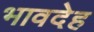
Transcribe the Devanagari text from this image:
भावदेह